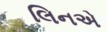
લિનએ